[Report on the health of British troops in the Madras command]
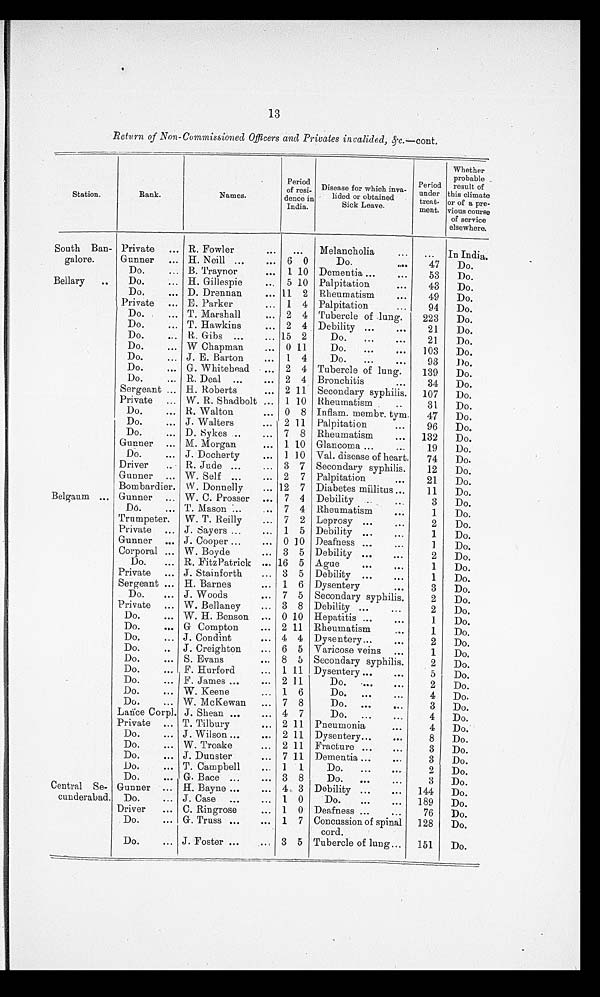
13
Return of Non-Commissioned Officers and Privates invalided,&c.—cont.
Station.
Rank.
Names.
Period
of resi-
dence in
India.
Disease for which inva-
lided or obtained
Sick Leave.
Period
under
treat-
ment.
Whether
probable
result of
this climate
or of a pre
-
vious course
of service
elsewhere.
South Ban-
galore.
Private
R. Fowler
...
Melancholia
... In India.
Gunner
H. Neill
6 0
Do.
47
Do.
Do.
B. Traynor
1 10 Dementia
53
Do.
Bellary
Do.
H. Gillespie
5 10 Palpitation
43
Do.
Do.
D. Drennan
11 2 Rheumatism
49
Do.
Private
E. Parker
1 4 Palpitation
94
Do.
Do.
T. Marshall
2 4 Tubercle of lung.
223
Do.
Do.
T. Hawkins
2 4 Debility
21
Do.
Do.
R. Gibs
15 2
Do.
21
Do.
Do.
W Chapman
0 11
Do.
103
Do.
Do.
J. E. Barton
1 4
Do.
93
Do.
Do.
G. Whitehead
2 4 Tubercle of lung.
139
Do.
Do.
R. Deal
2 4 Bronchitis
34
Do.
Sergeant
H. Roberts
2 11 Secondary syphilis.
107
Do.
Private
W. R. Shadbolt
1 10 Rheumatism
31
Do.
Do.
R. Walton
0 8 Inflam. membr. tym.
47
Do.
Do.
J. Walters
2 11 Palpitation
96
Do.
Do.
D. Sykes
7 8 Rheumatism
132
Do.
Gunner
M. Morgan
1 10 Glancoma
19
Do.
Do.
J. Docherty
1 10 Val. disease of heart.
74
Do.
Driver
R. Jude
3 7 Secondary syphilis.
12
Do.
Gunner
W. Self
2 7 Palpitation
21
Do.
Bombardier W. Donnelly
12 7 Diabetes millitus
11
Do.
Belgaum
Gunner
W. C. Prosser
7 4 Debility
3
Do.
Do.
T. Mason
7 4 Rheumatism
1
Do.
Trumpeter
W. T. Reilly
7 2 Leprosy
2
Do.
Private
J. Sayers
1 5 Debility
1
Do.
Gunner
J. Cooper
0 10 Deafness
1
Do.
Corporal
W. Boyde
3 5 Debility
2
Do.
Do.
R. FitzPatrick
16 5 Ague
1
Do.
Private
J. Stainforth
3 5 Debility
1
Do.
Sergeant
H. Barnes
1 6 Dysentery
3
Do.
Do.
J. Woods
7 5 Secondary syphilis
2
Do.
Private
W. Bellaney
3 8 Debility
2
Do.
Do.
W. H. Benson
0 10 Hepatitis
1
Do.
Do.
G Compton
2 11 Rheumatism
1
Do.
Do.
J. Condint
4 4 Dysentery
2
Do.
Do.
J. Creighton
6 5 Varicose veins
1
Do.
Do.
S. Evans
8 5 Secondary syphilis
2
Do.
Do.
F. Hurford
1 11 Dysentery
5
Do.
Do.
F. James
2 11
Do.
2
Do.
Do.
W. Keene
1 6
Do.
4
Do.
Do.
W. McKewan
7 8
Do.
3
Do.
Lance Corpl. J. Shean
4 7
Do.
4
Do.
Private
T. Tilbury
2 11 Pneumonia
4
Do.
Do.
J. Wilson
2 11 Dysentery
8
Do.
Do.
W. Troake
2 11 Fracture
3
Do.
Do.
J. Dunster
7 11 Dementia
3
Do.
Do.
T. Campbell
1 1
Do.
2
Do.
Do.
G. Bace
3 8
Do.
3
Do.
Central Se-
cunderabad.
Gunner
H. Bayne
4 3 Debility
144
Do.
Do.
J. Case
1 0
Do.
189
Do.
Driver
C. Ringrose
1 0 Deafness
76
Do.
Do.
G. Truss
1 7 Concussion of spinal
cord.
128
Do.
Do.
J. Foster
3 5 Tubercle of lung
151
Do.